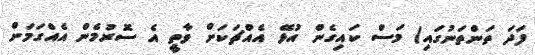
ފަދަ ތަންތަނުގައި) މަސް ކައިގެން އުޅޭ އެއްޗަކަށް ވާތީ އެ ސޮރުމެން އެއްގަމަށް